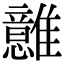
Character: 𩁈